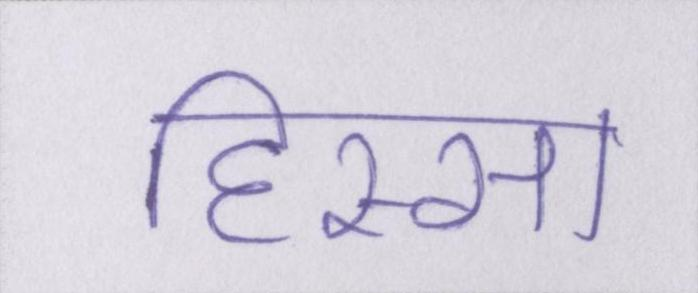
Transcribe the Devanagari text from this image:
हिस्सा